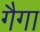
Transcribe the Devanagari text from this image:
गैगा